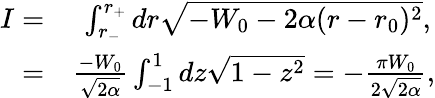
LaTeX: \begin{array}{rl}{I=}&{{}\ \int_{r_{-}}^{r_{+}}dr\sqrt{-W_{0}-2\alpha(r-r_{0})^{2}},}\\ {=}&{{}\frac{-W_{0}}{\sqrt{2\alpha}}\int_{-1}^{1}dz\sqrt{1-z^{2}}=-\frac{\pi W_{0}}{2\sqrt{2\alpha}},}\end{array}